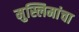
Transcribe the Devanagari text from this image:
मुस्लिमांचा